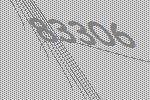
83306